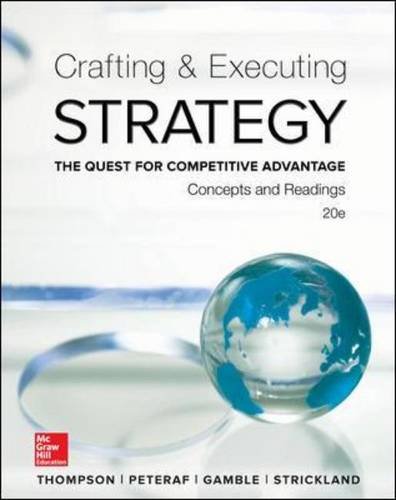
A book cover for Crafting and Executing Strategy: Concepts and Readings (Newest Edition); Arthur Thompson; Business & Money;